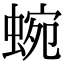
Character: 蜿